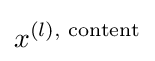
x^{(l),{\text{ content}}}